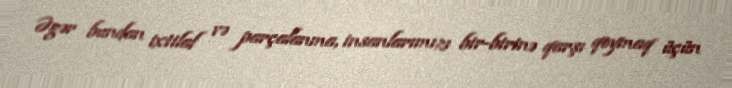
Əgər bundan ixtilaf və parçalanma, insanlarımızı bir-birinə qarşı qoymaq üçün